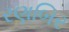
રણબિર